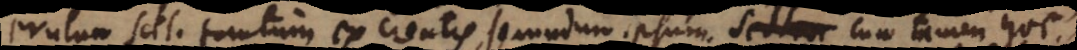
erutum scil. tantum ex creatis, secundum ipsum, cum tamen hoc